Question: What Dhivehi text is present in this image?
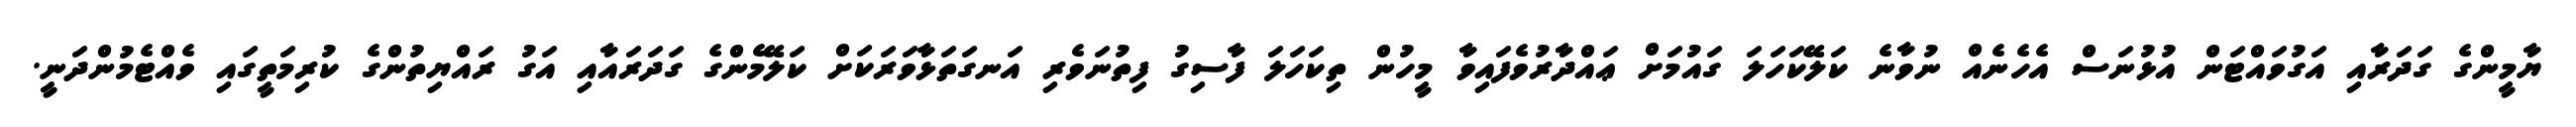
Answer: ޔާމީންގެ ގަދަރާއި އަގުވައްޓަން އުޅުނަސް އެހެނެއް ނުވާނެ ކަލޭކަހަލަ ގައުމަށް ޢައްދާރުވެފައިވާ މީހުން ތިކަހަލަ ފާސިގު ފިތުނަވެރި އަނގަތަޅާވަރަކަށް ކަލޭމެންގެ ގަދަރައާއި އަގު ރައްޔިތުންގެ ކުރިމަތީގައި ވެއްޓެމުންދަނީ.